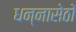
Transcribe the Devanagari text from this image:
धन्नासेठों